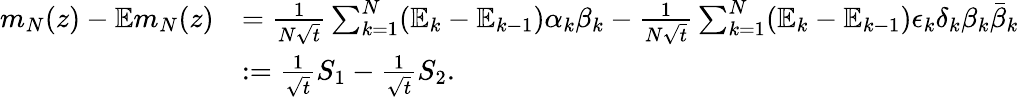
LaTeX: \begin{array}{rl}{m_{N}(z)-\mathbb{E}m_{N}(z)}&{=\frac{1}{N\sqrt{t}}\sum_{k=1}^{N}(\mathbb{E}_{k}-\mathbb{E}_{k-1})\alpha_{k}\beta_{k}-\frac{1}{N\sqrt{t}}\sum_{k=1}^{N}(\mathbb{E}_{k}-\mathbb{E}_{k-1})\epsilon_{k}\delta_{k}\beta_{k}\bar{\beta}_{k}}\\ &{:=\frac{1}{\sqrt{t}}S_{1}-\frac{1}{\sqrt{t}}S_{2}.}\end{array}